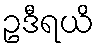
ဥဒီရယိ